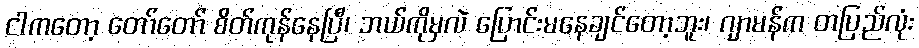
ငါကတော့ တော်တော် စိတ်ကုန်နေပြီ၊ ဘယ်ကိုမှလဲ ပြောင်းမနေချင်တော့ဘူး၊ ဂျာမန်က တပြည်လုံး